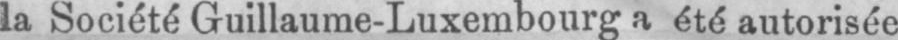
la Société Guillaume-Luxembourg a été autorisée